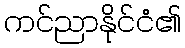
ကင်ညာနိုင်ငံ၏